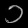
Digit: ၁